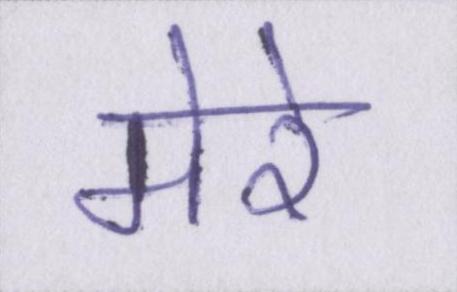
मेरे